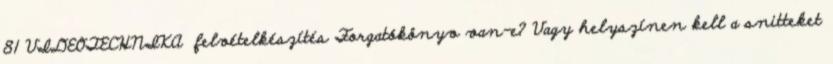
81 VIDEOTECHNIKA felvételkészítés Forgatókönyv van-e? Vagy helyszínen kell a snitteket